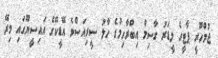
ޖުމްހޫރީ ޕާޓީގެ ލީޑަރު ގާސިމް އިބްރާހިމްގެ ހާލު ސީރިއަސްވެ އޭޑީކޭގެ އައިސީޔޫގައި މިރޭ